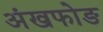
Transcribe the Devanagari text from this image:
अंखफोङ